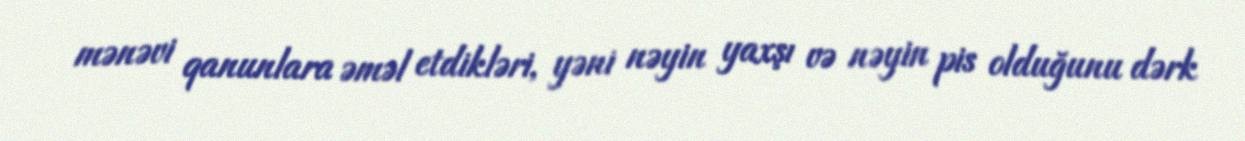
mənəvi qanunlara əməl etdikləri, yəni nəyin yaxşı və nəyin pis olduğunu dərk